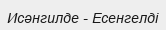
Исәнгилде - Есенгелді